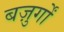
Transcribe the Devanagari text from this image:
बज़ुर्गों